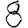
Digit: 8